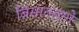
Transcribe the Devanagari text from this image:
बिसातबाने